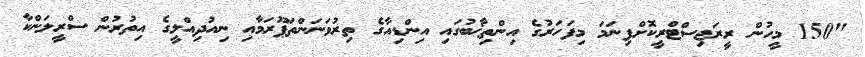
"150 މީހުން ރީރަޖިސްޓްރީކޮށްފިނަމަ މިފަހަރުގެ އިންތިޚާބުގައި އިންޑިއާގެ ތިރުވަނަންތަޕޫރަމާއި ނިއުދިއްލީގެ އިތުރުން ސްރީލަންކާ